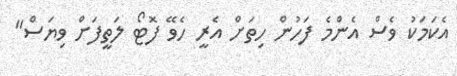
އެކަމަކު ވެސް އެންމެ ފަހުން ހިތަށް އެރީ ހެވޭ ފޮޓޯ ލަތީފަށް ވިޔަސް"